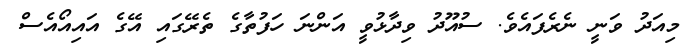
މިއަދު ވަނީ ނެރެފައެވެ. ސުއޫދު ވިދާޅުވީ އަންނަ ހަފުތާގެ ތެރޭގައި އޭގެ އައިއޯއެސް